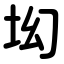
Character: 㘭